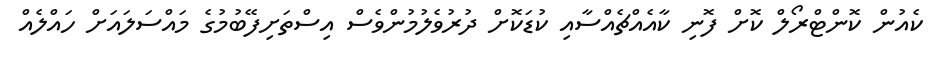
ކެއުން ކޮންޓްރޯލް ކޮށް ފޮނި ކާއެއްޗެއްސާއި ކުޑަކޮށް ދުރުވެލުމުންވެސް އިސްތަށިފޭބުމުގެ މައްސަލައަށް ހައްލެއް